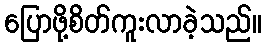
ပြောဖို့စိတ်ကူးလာခဲ့သည်။